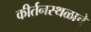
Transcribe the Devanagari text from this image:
कीर्तनस्थळाचे